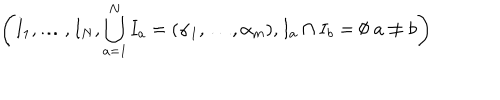
LaTeX: \left( I _ { 1 } , \ldots , I _ { N } , \bigcup _ { a = 1 } ^ { N } I _ { a } = ( \alpha _ { 1 } , \ldots , \alpha _ { m } ) , I _ { a } \cap I _ { b } = \emptyset \; a \neq b \right)